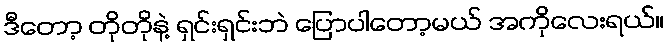
ဒီတော့ တိုတိုနဲ့ ရှင်းရှင်းဘဲ ပြောပါတော့မယ် အကိုလေးရယ်။